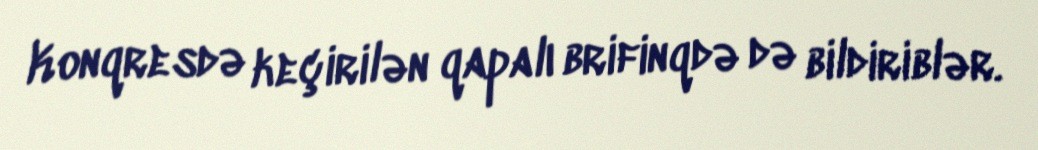
Konqresdə keçirilən qapalı brifinqdə də bildiriblər.